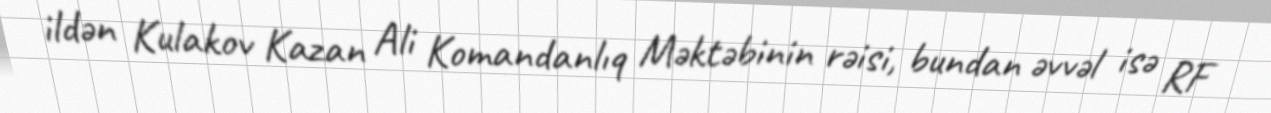
ildən Kulakov Kazan Ali Komandanlıq Məktəbinin rəisi, bundan əvvəl isə RF